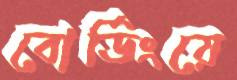
বোর্ডিংয়ে